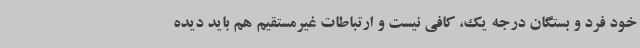
خود فرد و بستگان درجه یک، کافی نیست و ارتباطات غیرمستقیم هم باید دیده